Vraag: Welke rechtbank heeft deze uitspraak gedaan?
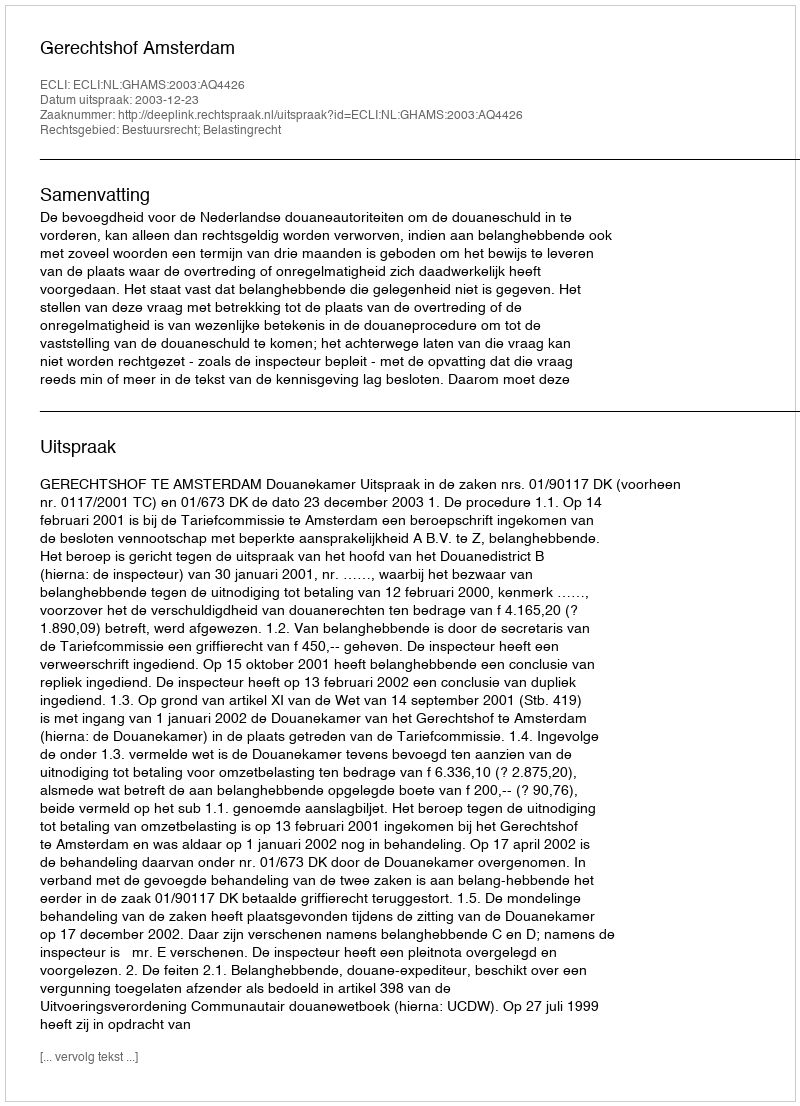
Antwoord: Gerechtshof Amsterdam